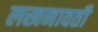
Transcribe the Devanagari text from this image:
लखनावती